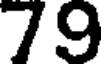
79